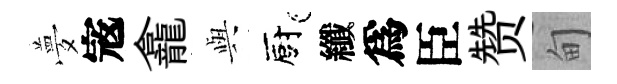
夢𡨥龕𫤰廚纖爲臣赞甸